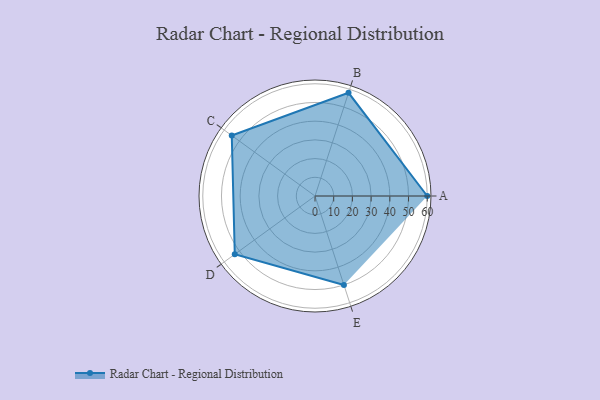
{"axis": {"x": "Skill", "y": "Score"}, "legend": ["Profile"], "data": [{"x": "A", "y": 60.0, "type": "Profile"}, {"x": "B", "y": 58.0, "type": "Profile"}, {"x": "C", "y": 55.0, "type": "Profile"}, {"x": "D", "y": 53.0, "type": "Profile"}, {"x": "E", "y": 50.0, "type": "Profile"}]}